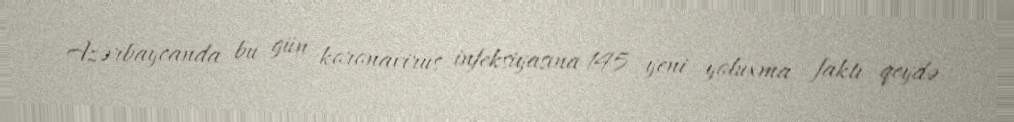
Azərbaycanda bu gün koronavirus infeksiyasına 145 yeni yoluxma faktı qeydə